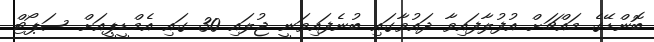
ބޮންޑޭގެ މައްޗަށް އުފުލާފައިވާ ދައުވާގައި ބުނެފައިވަނީ ޖުލައި 30 ގައި އެމްޑީޕީއަށް ސަޕޯޓް